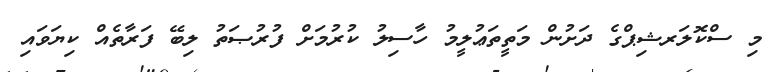
މި ސްކޮލަރޝިޕްގެ ދަށުން މަތީތަޢުލީމު ހާސިލު ކުރުމަށް ފުރުޞަތު ލިބޭ ފަރާތެއް ކިޔަވައި